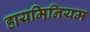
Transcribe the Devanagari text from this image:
हायमिनियम